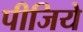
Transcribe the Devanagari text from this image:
पीजिये